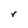
Character: r